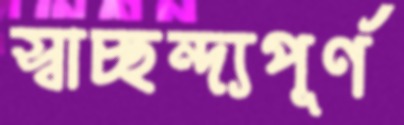
স্বাচ্ছন্দ্যপূর্ণ